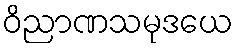
ဝိညာဏသမုဒယေ